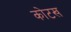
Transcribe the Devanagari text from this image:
कोटख